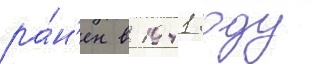
ра́н'ен в 1941 году